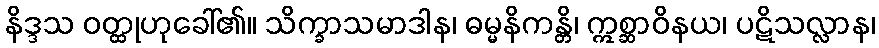
နိဒ္ဒသ ဝတ္ထုဟုခေါ်၏။ သိက္ခာသမာဒါန၊ ဓမ္မနိကန္တိ၊ ဣစ္ဆာဝိနယ၊ ပဋိသလ္လာန၊